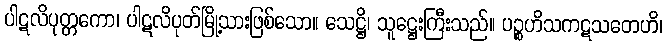
ပါဋလိပုတ္တကော၊ ပါဋလိပုတ်မြို့သားဖြစ်သော။ သေဋ္ဌိ၊ သူဋ္ဌေးကြီးသည်။ ပဉ္စဟိသကဋသတေဟိ၊